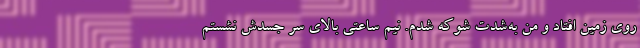
روی زمین افتاد و من به‌شدت شوکه شدم. نیم ساعتی بالای سر جسدش نشستم